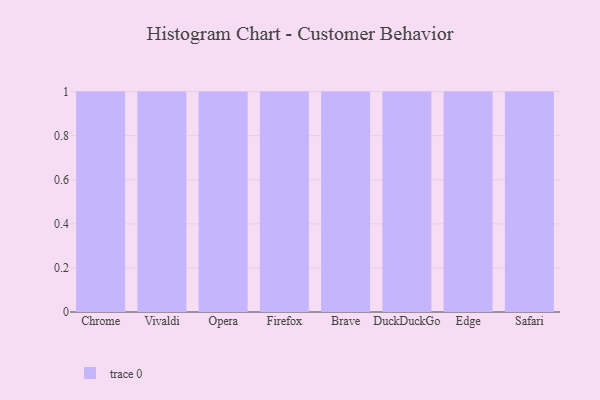
{"axis": {"x": "Browser", "y": "Shipments"}, "legend": [""], "data": [{"x": "Chrome", "y": 60, "type": ""}, {"x": "Vivaldi", "y": 44, "type": ""}, {"x": "Opera", "y": 75, "type": ""}, {"x": "Firefox", "y": 96, "type": ""}, {"x": "Brave", "y": 88, "type": ""}, {"x": "DuckDuckGo", "y": 19, "type": ""}, {"x": "Edge", "y": 45, "type": ""}, {"x": "Safari", "y": 71, "type": ""}]}